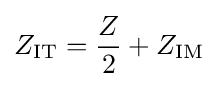
Z_{\mathrm {IT} }={Z \over 2}+Z_{\mathrm {IM} }